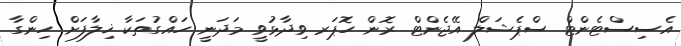
އެސިސްޓެންޓް ސްޕެޝަލް އޭޖެންޓް ރޮން ހޮޕަރ ވިދާޅުވީ މަދަނީ ހައްގުތަކާ ޚިލާފަށް ހިންގާ